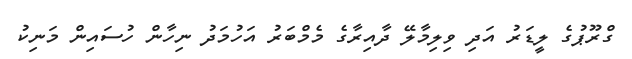
ގްރޫޕުގެ ލީޑަރު އަދި ވިލިމާލޭ ދާއިރާގެ މެމްބަރު އަހުމަދު ނިހާން ހުސައިން މަނިކު